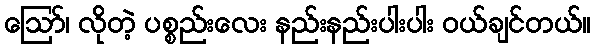
ဪ၊ လိုတဲ့ ပစ္စည်းလေး နည်းနည်းပါးပါး ဝယ်ချင်တယ်။